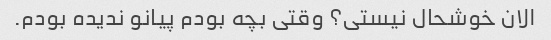
الان خوشحال نیستی؟ وقتی بچه بودم پیانو ندیده بودم.